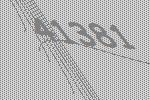
41381